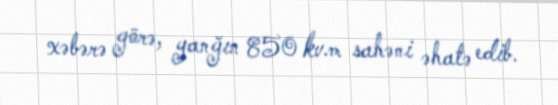
xəbərə görə, yanğın 850 kv.m sahəni əhatə edib.